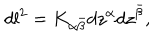
LaTeX: d l ^ { 2 } = K _ { \alpha { \bar { \beta } } } d z ^ { \alpha } d z ^ { \bar { \beta } } ,